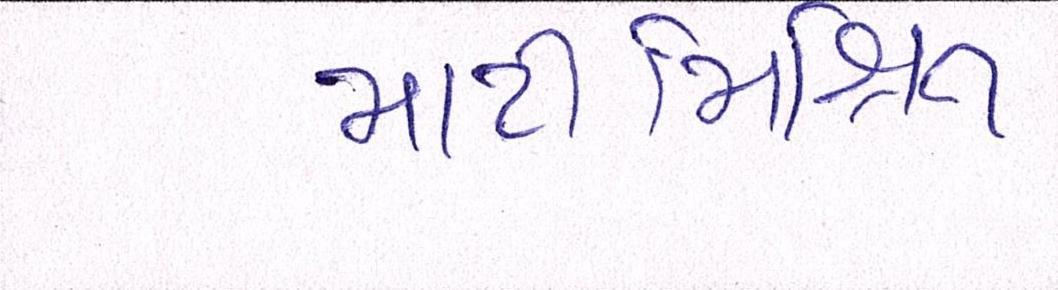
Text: માટીમિશ્રિત